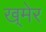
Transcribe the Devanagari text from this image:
ख्‌मेर